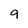
Character: 9